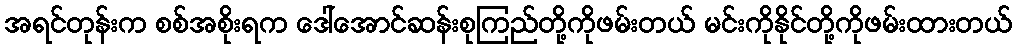
အရင်တုန်းက စစ်အစိုးရက ဒေါ်အောင်ဆန်းစုကြည်တို့ကိုဖမ်းတယ် မင်းကိုနိုင်တို့ကိုဖမ်းထားတယ်